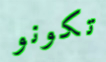
تكونو